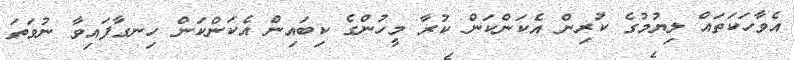
އެވާހަކަތައް ލިޔުމުގެ ކުރިން އެކަންކަން ކުރާ މީހުުންގެ ކިބައިން އެކަންކަން ހިނގާފައިވާ ނުވަތަ